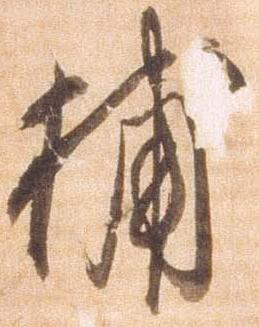
捕